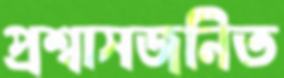
প্রশ্বাসজনিত